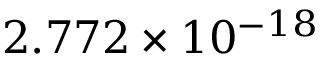
\phantom { + } 2 . 7 7 2 \times 1 0 ^ { - 1 8 }